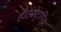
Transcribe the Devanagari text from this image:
हीटरोट्रापिक